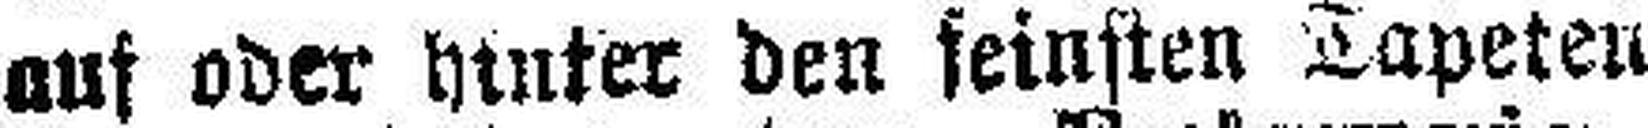
auf oder hinter den feinsten Tapeten